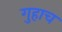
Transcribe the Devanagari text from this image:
गुहाच